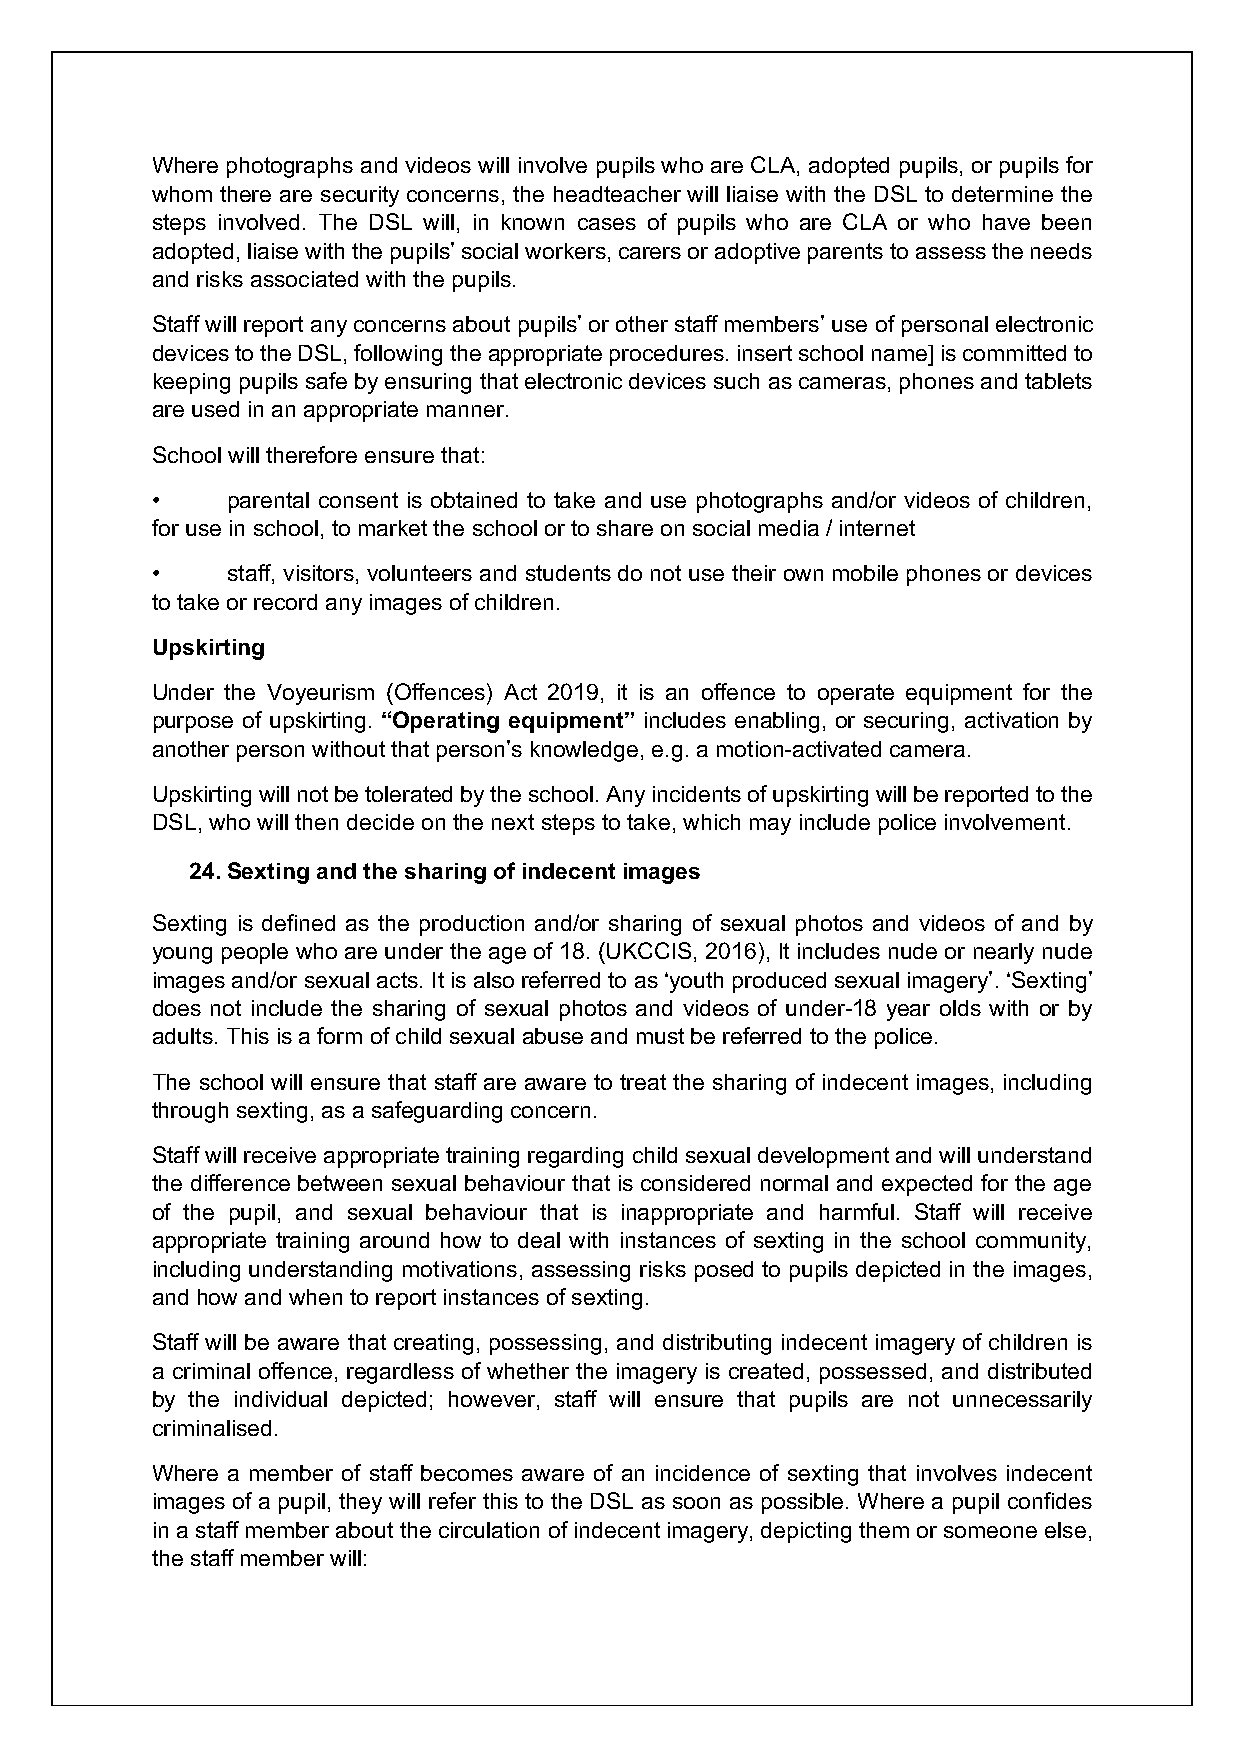
Where photographs and videos will involve pupils who are CLA, adopted pupils, or pupils for
 whom there are security concerns, the headteacher will liaise with the DSL to determine the
 steps involved. The DSL will, in known cases of pupils who are CLA or who have been
 adopted, liaise with the pupils’ social workers, carers or adoptive parents to assess the needs
 and risks associated with the pupils.
 Staff will report any concerns about pupils’ or other staff members’ use of personal electronic
 devices to the DSL, following the appropriate procedures. insert school name] is committed to
 keeping pupils safe by ensuring that electronic devices such as cameras, phones and tablets
 are used in an appropriate manner.
 School will therefore ensure that:
 •    parental consent is obtained to take and use photographs and/or videos of children,
 for use in school, to market the school or to share on social media / internet
 •    staff, visitors, volunteers and students do not use their own mobile phones or devices
 to take or record any images of children.
 Upskirting
 Under the Voyeurism (Offences) Act 2019, it is an offence to operate equipment for the
 purpose of upskirting. “Operating equipment” includes enabling, or securing, activation by
 another person without that person’s knowledge, e.g. a motion-activated camera.
 Upskirting will not be tolerated by the school. Any incidents of upskirting will be reported to the
 DSL, who will then decide on the next steps to take, which may include police involvement.
 24. Sexting and the sharing of indecent images
 Sexting is defined as the production and/or sharing of sexual photos and videos of and by
 young people who are under the age of 18. (UKCCIS, 2016), It includes nude or nearly nude
 images and/or sexual acts. It is also referred to as ‘youth produced sexual imagery’. ‘Sexting’
 does not include the sharing of sexual photos and videos of under-18 year olds with or by
 adults. This is a form of child sexual abuse and must be referred to the police.
 The school will ensure that staff are aware to treat the sharing of indecent images, including
 through sexting, as a safeguarding concern.
 Staff will receive appropriate training regarding child sexual development and will understand
 the difference between sexual behaviour that is considered normal and expected for the age
 of the pupil, and sexual behaviour that is inappropriate and harmful. Staff will receive
 appropriate training around how to deal with instances of sexting in the school community,
 including understanding motivations, assessing risks posed to pupils depicted in the images,
 and how and when to report instances of sexting.
 Staff will be aware that creating, possessing, and distributing indecent imagery of children is
 a criminal offence, regardless of whether the imagery is created, possessed, and distributed
 by the individual depicted; however, staff will ensure that pupils are not unnecessarily
 criminalised.
 Where a member of staff becomes aware of an incidence of sexting that involves indecent
 images of a pupil, they will refer this to the DSL as soon as possible. Where a pupil confides
 in a staff member about the circulation of indecent imagery, depicting them or someone else,
 the staff member will: